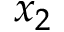
x _ { 2 }